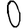
Digit: 0